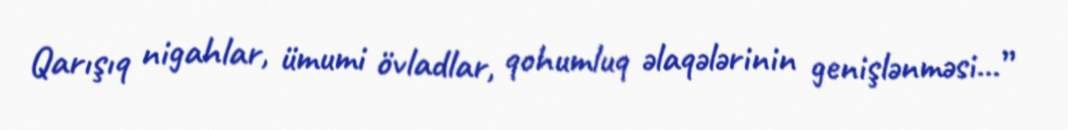
Qarışıq nigahlar, ümumi övladlar, qohumluq əlaqələrinin genişlənməsi...”